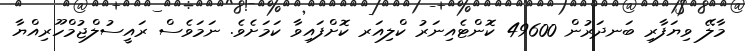
މާލޭ ވިޔަފާރި ބަނދަރުން 49600 ކޮންޓެއިނަރު ކްލިއަރ ކޮށްފައިވާ ކަމަށެވެ. ނަމަވެސް ރައީސުލްޖުމްހޫރިއްޔާ